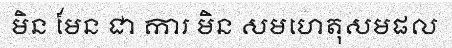
មិន មែន ជា ការ មិន សមហេតុសមផល